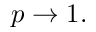
p \rightarrow 1 .